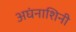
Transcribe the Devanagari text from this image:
अघंनाशिनी